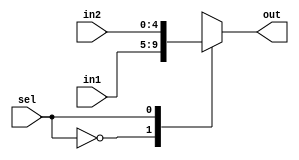
//******************************************************//
// This file contains definition of common modules used //
// by higher level modules in RS Decoder                //
//******************************************************//

//*************************//
// Multiplexer 2 to 1 5bit //
//*************************//
module mux2_to_1(in1, in2 , out, sel);

input [4:0] in1, in2;
input sel;
output [4:0] out;
reg [4:0] out;

always@(sel or in1 or in2)
begin
    case(sel)
        0   : out = in1;
        1   : out = in2;
        default: out = in1;
    endcase
end
endmodule

//**********************************************//
//Register 5 bit with synchronous load and hold //
//**********************************************//
module register5_wlh(datain, dataout, load, hold, clock);

input [4:0] datain;
input load, hold;
input clock;
output [4:0] dataout;
reg [4:0] out;

always @(posedge clock)
begin
    if(load)
       out <= datain;
    else if(hold)
//BUG HERE
//       out <= out;
       out <= 0;
    else
       out <= 5'b0;
end

assign dataout = out;

endmodule


//**************************************//
// Register 5 bit with synchronous load //
//**************************************//
module register5_wl(datain, dataout, clock, load);

input [4:0] datain;
output [4:0] dataout;
input clock, load;
reg [4:0] dataout;

always@(posedge clock)
begin
    if(load)
       dataout <= datain;
    else
       dataout <= 5'b0;
end

endmodule


//**************//
//GF(2^5) Adder //
//**************//
module gfadder(in1, in2, out);
    
input [0:4] in1, in2;
output [0:4] out;
    
assign out[4] = in1[4] ^ in2[4];
assign out[3] = in1[3] ^ in2[3];
assign out[2] = in1[2] ^ in2[2];
assign out[1] = in1[1] ^ in2[1];
assign out[0] = in1[0] ^ in2[0];

endmodule


//*********************************************//
// GF(2^5) parallel multiplier is based on     //
// the design proposed by M. Anwar Hasan &     //
// A. Reyhani-Masoleh in their paper entitled  //
// "Low Complexity Bit Parallel Architectures  //
// for Polynomial Basis Multiplication over    //
// GF(2^m)" published in IEEE Transactions On  //
// Computer August 2004.                       //
//*********************************************//
module lcpmult(in1, in2, out);
   
   input [0:4] in1, in2; //in1[4] & in2[4] is MSB
   output [0:4] out;
   
   wire [4:0] intvald; //intermediate val d
   wire [3:0] intvale; //intermediate val e
   wire intvale_0ax; //intermediate val e'[0]
      
   assign intvald[0] = in1[0] & in2[0];
   assign intvald[1] = (in1[1] & in2[0]) ^ (in1[0] & in2[1]);
   assign intvald[2] = (in1[2] & in2[0]) ^ ((in1[1] & in2[1]) ^ (in1[0] & in2[2]));
   assign intvald[3] = ((in1[3] & in2[0]) ^ (in1[2] & in2[1])) ^ ((in1[1] & in2[2]) ^ (in1[0] & in2[3]));
   assign intvald[4] = (((in1[4] & in2[0]) ^ (in1[3] & in2[1])) ^ (in1[2] & in2[2]))
                        ^ ((in1[1] & in2[3]) ^ (in1[0] & in2[4])); 
   
   assign intvale[0] = ((in1[4] & in2[1]) ^ (in1[3] & in2[2])) ^ ((in1[2] & in2[3]) ^ (in1[1] & in2[4]));
   assign intvale[1] = ((in1[4] & in2[2]) ^ (in1[3] & in2[3])) ^ (in1[2] & in2[4]);
   assign intvale[2] = (in1[4] & in2[3]) ^ (in1[3] & in2[4]);
   assign intvale[3] = in1[4] & in2[4];
   
   assign intvale_0ax = (intvale[0] ^ intvale[3]);
   
   assign out[0] = intvald[0] ^ intvale_0ax;
   assign out[1] = intvald[1] ^ intvale[1];
   assign out[2] = (intvald[2] ^ intvale[2]) ^ intvale_0ax;
   assign out[3] = (intvald[3] ^ intvale[1]) ^ intvale[3];
   assign out[4] = intvald[4] ^ intvale[2];
   
 endmodule